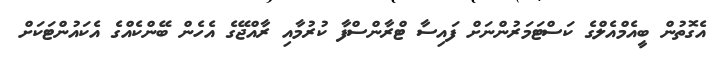
އެގޮތުން ބީއެމްއެލްގެ ކަސްޓަމަރުންނަށް ފައިސާ ޓްރާންސްފާ ކުރުމާއި ރާއްޖޭގެ އެހެން ބޭންކެއްގެ އެކައުންޓަކަށް